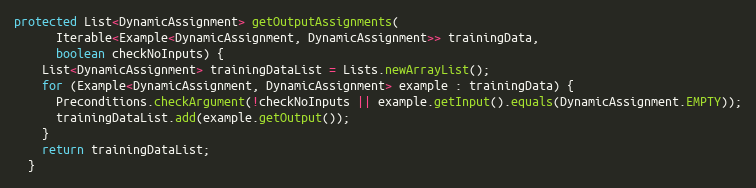
Language: Java
protected List<DynamicAssignment> getOutputAssignments(
      Iterable<Example<DynamicAssignment, DynamicAssignment>> trainingData,
      boolean checkNoInputs) {
    List<DynamicAssignment> trainingDataList = Lists.newArrayList();
    for (Example<DynamicAssignment, DynamicAssignment> example : trainingData) {
      Preconditions.checkArgument(!checkNoInputs || example.getInput().equals(DynamicAssignment.EMPTY));
      trainingDataList.add(example.getOutput());
    }
    return trainingDataList;
  }